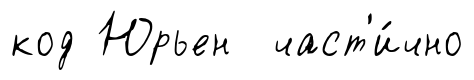
код Юрьен част'и́чно